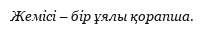
Жемісі – бір ұялы қорапша.